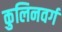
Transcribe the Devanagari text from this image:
कुलिनवर्ग